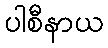
ပါစီနာယ